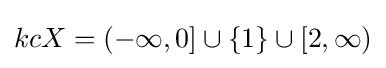
kcX=(-\infty ,0]\cup \{1\}\cup [2,\infty )